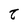
Character: t